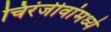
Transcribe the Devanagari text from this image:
चिरंजीवांमध्ये